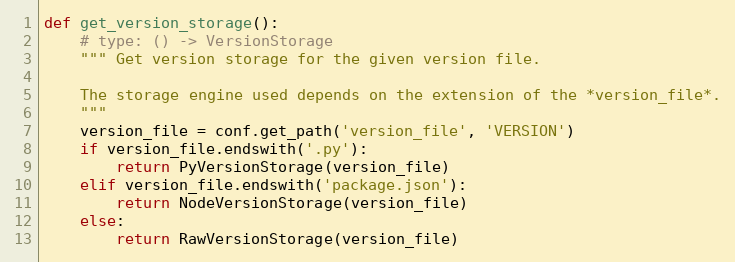
Language: Python
def get_version_storage():
    # type: () -> VersionStorage
    """ Get version storage for the given version file.

    The storage engine used depends on the extension of the *version_file*.
    """
    version_file = conf.get_path('version_file', 'VERSION')
    if version_file.endswith('.py'):
        return PyVersionStorage(version_file)
    elif version_file.endswith('package.json'):
        return NodeVersionStorage(version_file)
    else:
        return RawVersionStorage(version_file)